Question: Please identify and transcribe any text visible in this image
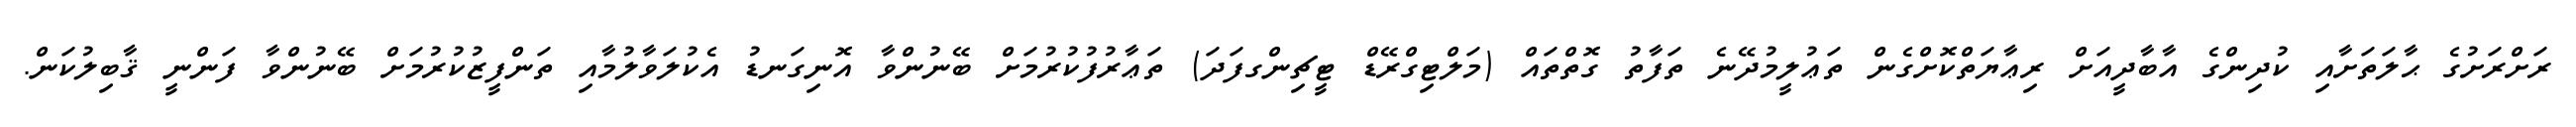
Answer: ރަށްރަށުގެ ޙާލަތަށާއި ކުދިންގެ އާބާދީއަށް ރިޢާޔަތްކޮށްގެން ތަޢުލީމުދޭނެ ތަފާތު ގޮތްތައް (މަލްޓިގްރޭޑް ޓީޗިންގފަދަ) ތަޢާރުފުކުރުމަށް ބޭނުންވާ އޮނިގަނޑު އެކުލަވާލުމާއި ތަންފީޒުކުރުމަށް ބޭނުންވާ ފަންނީ ޤާބިލުކަން.